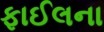
ફાઈલના